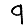
Digit: 9